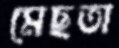
মেছতা